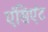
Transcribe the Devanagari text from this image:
एंसिएंट